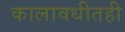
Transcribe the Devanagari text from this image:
कालावधीतही